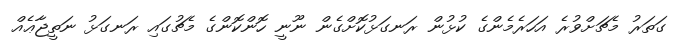
ގަތަރު މެޗަށްވުރެ އަހަރެމެންގެ ކުޅުން ރަނގަޅުކޮށްގެން ނޫނީ ހޮންކޮންގެ މެޗުގައި ރަނގަޅު ނަތީޖާޢެއް